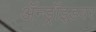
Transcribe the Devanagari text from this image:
ॲन्ड्रॉइडवर